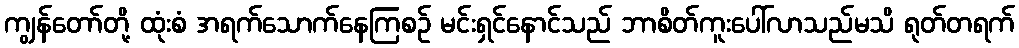
ကျွန်တော်တို့ ထုံးစံ အရက်သောက်နေကြစဉ် မင်းရှင်နောင်သည် ဘာစိတ်ကူးပေါ်လာသည်မသိ ရုတ်တရက်